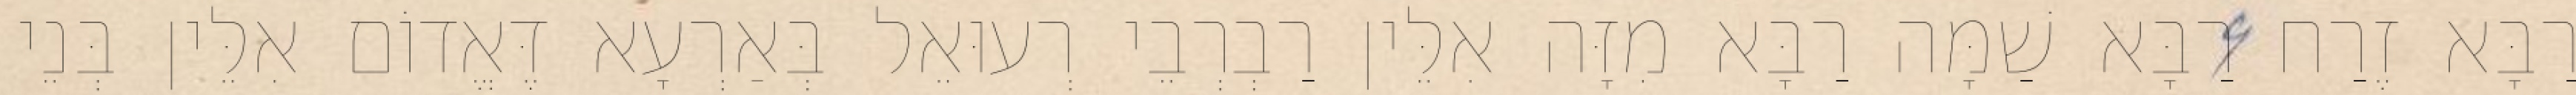
רַבָּא זֶרַח רַבָּא שַׁמָּה רַבָּא מִזָּה אִלֵּין רַבְרְבֵי רְעוּאֵל בְּאַרְעָא דֶּאֱדוֹם אִלֵּין בְּנֵי